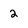
Character: 2